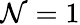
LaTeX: \mathcal{N}=1